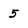
Character: 5